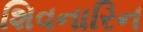
શિવનારિન